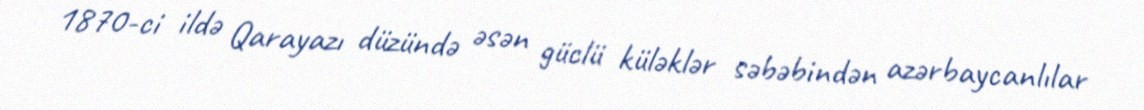
1870-ci ildə Qarayazı düzündə əsən güclü küləklər səbəbindən azərbaycanlılar